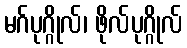
မဂ်ပုဂ္ဂိုလ်၊ ဖိုလ်ပုဂ္ဂိုလ်